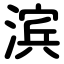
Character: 滨